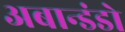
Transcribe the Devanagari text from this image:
अबान्डंडो